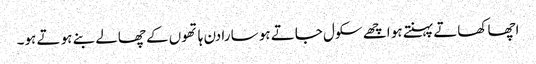
اچھا کھاتے پہنتے ہو اچھے سکول جاتے ہو سا رادن ہا تھوں کے چھالے بنے ہو تے ہو۔